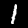
Digit: 1